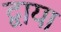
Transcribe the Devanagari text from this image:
द्वाया